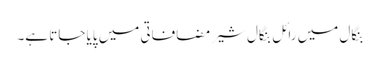
بنگال میں رائل بنگال شیر مضافاتی میں پایا جاتا ہے۔